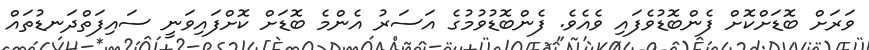
ވަރަށް ބޮޑަށްކޮށް ފެންބޮޑުވެފައި ވެއެވެ. ފެންބޮޑުވުމުގެ އަސަރު އެންމެ ބޮޑަށް ކޮށްފައިވަނީ ސައިފަތްދަނޑުތައް